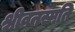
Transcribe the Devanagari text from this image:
श्रीवनस्पति